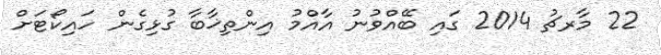
22 މާރޗު 2014 ގައި ބޭއްވުނު އާއްމު އިންތިޚާބާ ގުޅިގެން ހައިކޯޓަށް